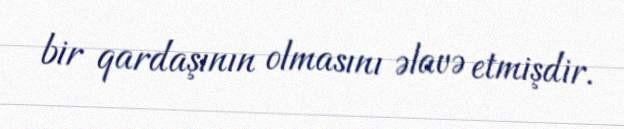
bir qardaşının olmasını əlavə etmişdir.